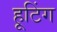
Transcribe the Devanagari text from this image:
हूटिंग